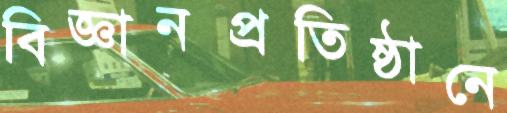
বিজ্ঞানপ্রতিষ্ঠানে